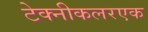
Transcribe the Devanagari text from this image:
टेक्नीकलरएक